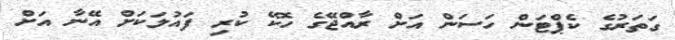
ގަތަރުގެ ކެޕްޓަން ހަސަން އަށް ރާއްޖޭގެ ހޮކޭ ކުރި ފައުލަކަށް އޭނާ އަށް